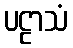
ပဠာသံ